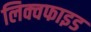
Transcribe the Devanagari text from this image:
लिक्वफाइड